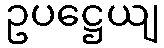
ဥပဋ္ဌေယျ